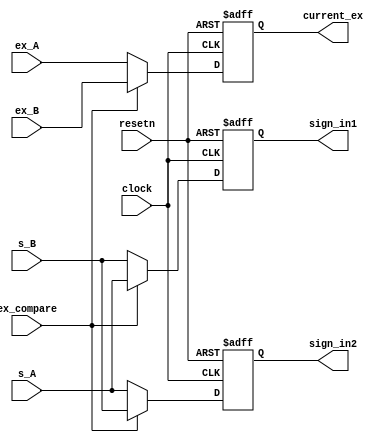
module step1_adder_status(clock, resetn, s_A, s_B, ex_A, ex_B, ex_compare, sign_in1, sign_in2, current_ex);
	input clock, resetn;
	
	input s_A, s_B;
	input [7:0] ex_A, ex_B;
	input ex_compare;
	
	output reg sign_in1, sign_in2;
	output reg [7:0] current_ex;
	
	
	always@(posedge clock, negedge resetn) begin
		if(!resetn) begin
			sign_in1 <=0;
			sign_in2 <=0;
			current_ex <=0;
		end
		else begin	
			sign_in1 <= (ex_compare) ? s_A : s_B;
			sign_in2 <= (ex_compare) ? s_B : s_A;
			current_ex <= (ex_compare) ? ex_B : ex_A;
		end
	end	

endmodule